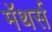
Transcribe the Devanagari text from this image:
मॅथर्स